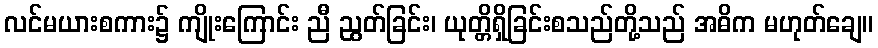
လင်မယားစကား၌ ကျိုးကြောင်း ညီ ညွတ်ခြင်း၊ ယုတ္တိရှိခြင်းစသည်တို့သည် အဓိက မဟုတ်ချေ။